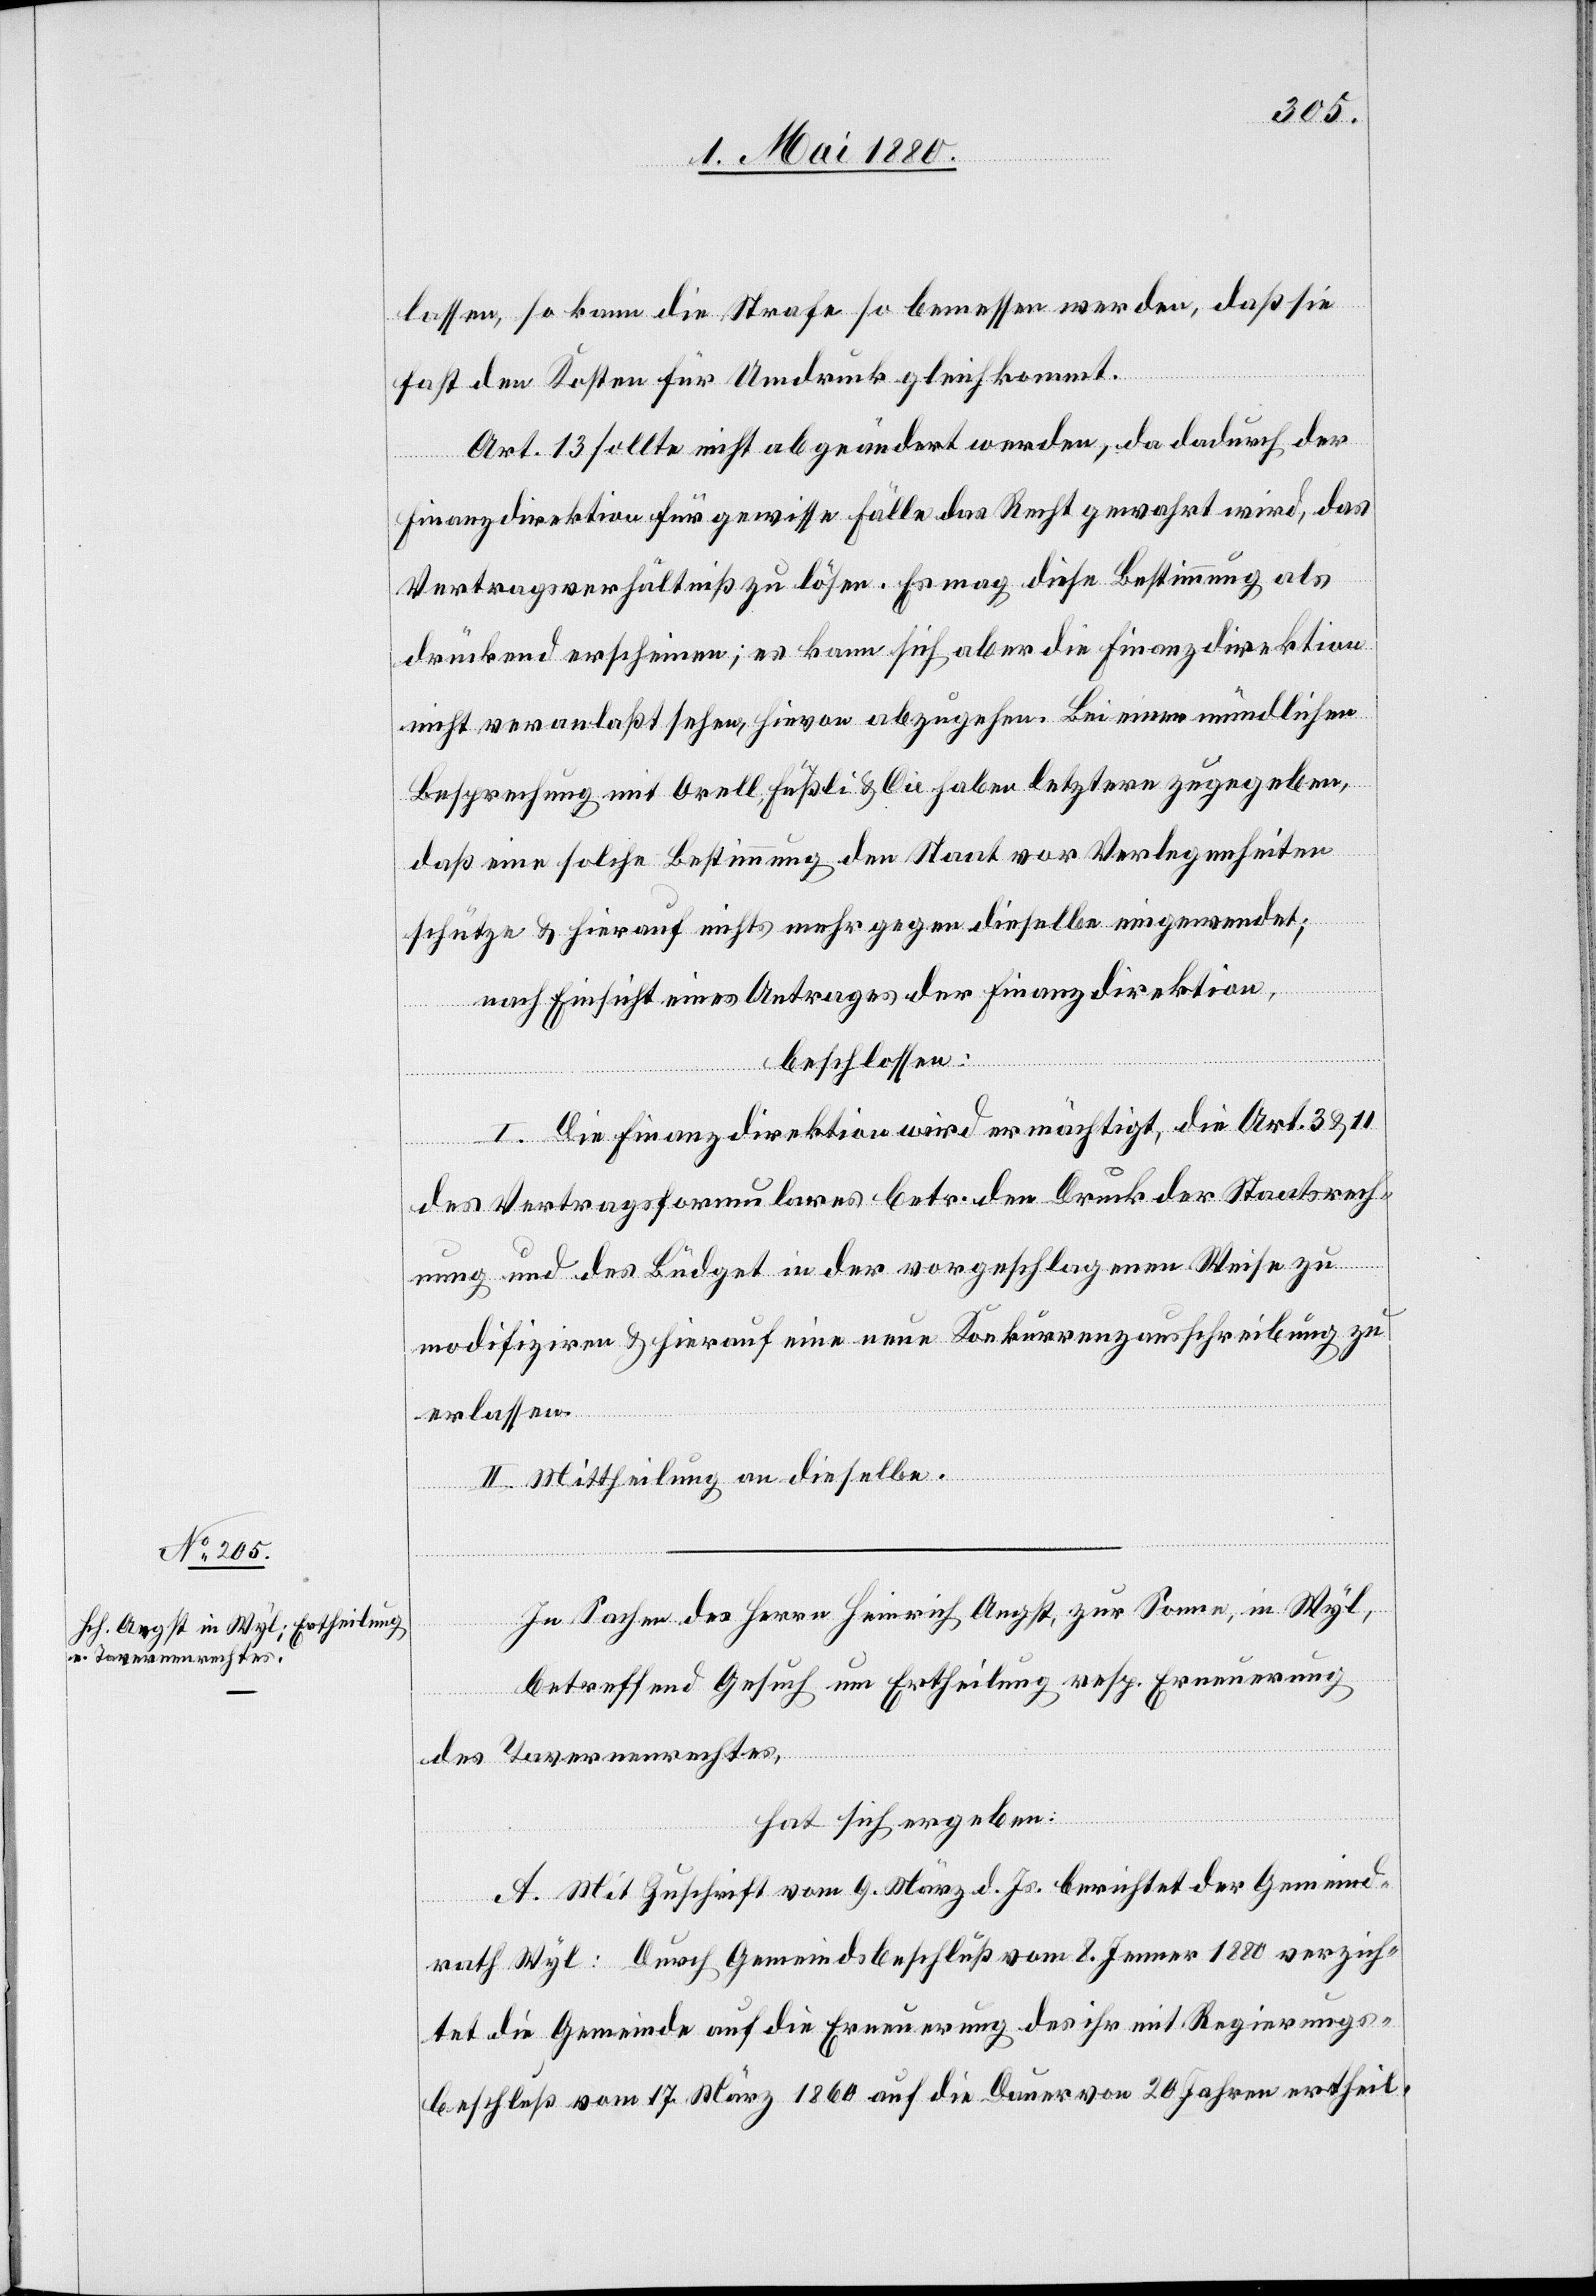
lassen, so kann die Strafe so bemessen werden, daß sie
fast den Kosten für Umdruck gleichkommt.
Art. 13 sollte nicht abgeändert werden, da dadurch der
Finanzdirektion für gewisse Fälle das Recht gewahrt wird, das
Vertragsverhältniß zu lösen. Es mag diese Bestimmung als
drückend erscheinen; es kann sich aber die Finanzdirektion
nicht veranlaßt sehen, hievon abzugehen. Bei einer mündlichen
Besprechung mit Orell, Füßli & Cie haben letztere zugegeben,
daß eine solche Bestimmung den Staat vor Verlegenheiten
schütze & hierauf nichts mehr gegen dieselbe eingewendet;
nach Einsicht eines Antrages der Finanzdirektion,
beschlossen:
I. Die Finanzdirektion wird ermächtigt, die Art. 3 & 11
des Vertragsformulares betr. den Druck der Staatsrech¬
nung und des Büdget in der vorgeschlagenen Weise zu
modifiziren & hierauf eine neue Konkurrenzausschreibung zu
erlassen.
II. Mittheilung an dieselbe.
In Sachen des Herrn Heinrich Angst, zur Sonne, in Wyl,
betreffend Gesuch um Ertheilung resp. Erneuerung
des Tavernenrechtes,
hat sich ergeben:
A. Mit Zuschrift vom 9. März d. Js. berichtet der Gemeind¬
rath Wyl: Durch Gemeindsbeschluß vom 8. Jenner 1880 verzich¬
tet die Gemeinde auf die Erneuerung des ihr mit Regierungs¬
beschluß vom 17. März 1860 auf die Dauer von 20 Jahren ertheil-